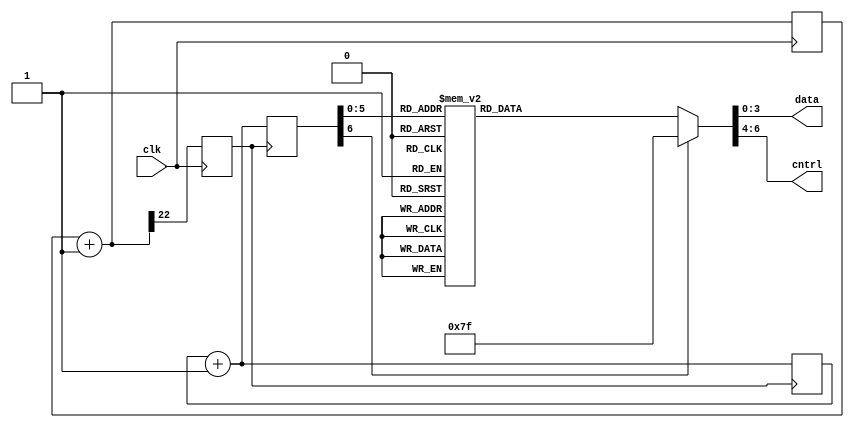
`timescale 1ns / 1ps
//////////////////////////////////////////////////////////////////////////////////
// Company: 
// Engineer: 
// 
// Design Name: 
// Module Name:    lcd 
// Project Name: 
// Target Devices: 
// Tool versions: 
// Description: 
//
// Dependencies: 
//
// Revision: 
// Revision 0.01 - File Created
// Additional Comments: 
//
//////////////////////////////////////////////////////////////////////////////////
module lcd(clk,data,cntrl);
input clk;
    output reg[3:0]data;
	 output reg[2:0]cntrl;
	 reg [6:0] lcdheader,state,clkstate;
	 reg [22:0]clkdiv=23'd0;
	 reg clkkey;

   always@(posedge clk)
	begin
	  clkdiv=clkdiv+1'b1;
	  clkkey=clkdiv[22];
	end
	
	always @(posedge clkkey)
	  begin
	    clkstate=clkstate+1'b1;
		 state=clkstate;
     end
	  
	always@(state,lcdheader)
	  begin
	    case(state)
		   7'd0 : lcdheader=7'b1000011; //43
			7'd1 : lcdheader=7'b0000011; //03
			7'd2 : lcdheader=7'b1000011; //43
			7'd3 : lcdheader=7'b0000011; //03
			
			7'd4 : lcdheader=7'b1000010; //42
			7'd5 : lcdheader=7'b0000010; //02
			7'd6 : lcdheader=7'b1000010; //42
			7'd7 : lcdheader=7'b0000010; //02
			
			7'd8 : lcdheader=7'b1001000; //48
			7'd9 : lcdheader=7'b0001000; //08
			7'd10 : lcdheader=7'b1000000; //40
			7'd11 : lcdheader=7'b0000000; //00
			
			7'd12 : lcdheader=7'b1000110; //46
			7'd13 : lcdheader=7'b0000110; //06
			7'd14 : lcdheader=7'b1000000; //40
			7'd15 : lcdheader=7'b0000000; //00
		
			7'd16 : lcdheader=7'b1001111; //4f
			7'd17 : lcdheader=7'b0001111; //0f
		
			7'd18 : lcdheader=7'b1000000; //40
			7'd19 : lcdheader=7'b0000000; //00
			7'd20 : lcdheader=7'b1000001; //41
			7'd21 : lcdheader=7'b0000001; //01
			
			7'd22 : lcdheader=7'b1010100; //54
			7'd23 : lcdheader=7'b0010100; //14
			7'd24 : lcdheader=7'b1011110; //5e
			7'd25 : lcdheader=7'b0011110; //1e
			
			7'd26 : lcdheader=7'b1010100; //54
			7'd27 : lcdheader=7'b0010100; //14
			7'd28 : lcdheader=7'b1010101; //55
			7'd29 : lcdheader=7'b0010101; //15
			
			7'd30 : lcdheader=7'b1010100; //54
			7'd31 : lcdheader=7'b0010100; //14
			7'd32 : lcdheader=7'b1011000; //58
			7'd33 : lcdheader=7'b0011000; //18
			
			7'd34 : lcdheader=7'b1010100; //54
			7'd35 : lcdheader=7'b0010100; //14
			7'd36 : lcdheader=7'b1010001; //51
			7'd37 : lcdheader=7'b0010001; //11
			
			//7'd38 : lcdheader=7'b1000011; //4c
			//7'd39 : lcdheader=7'b0000011; //0c
			//7'd40 : lcdheader=7'b1000011; //40
			//7'd41 : lcdheader=7'b0000011; //00
		
			7'd38 : lcdheader=7'b1010010; //52
			7'd39 : lcdheader=7'b0010010; //12
			7'd40 : lcdheader=7'b1011110; //5e
			7'd41 : lcdheader=7'b0011110; //1e
			
			default : lcdheader=7'b1111111; //7f
		endcase
		data[3:0]=lcdheader[3:0];
		cntrl[2:0]=lcdheader[6:4];
	end
endmodule